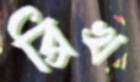
ব্রিখ